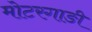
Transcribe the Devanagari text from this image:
मोटरगाङी